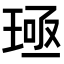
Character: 𬍪